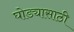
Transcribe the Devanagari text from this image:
घोड्यासाठी